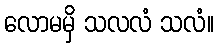
လောမမှိ သလလံ သလံ။